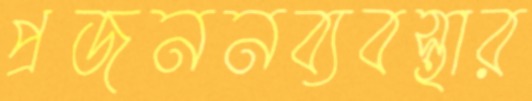
প্রজননব্যবস্থার